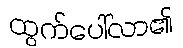
ထွက်ပေါ်လာ၏